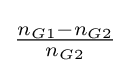
{\tfrac {n_{G1}-n_{G2}}{n_{G2}}}